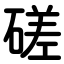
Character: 磋